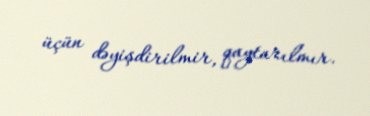
üçün dəyişdirilmir, qaytarılmır.